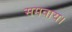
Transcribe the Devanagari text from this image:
समवाय।